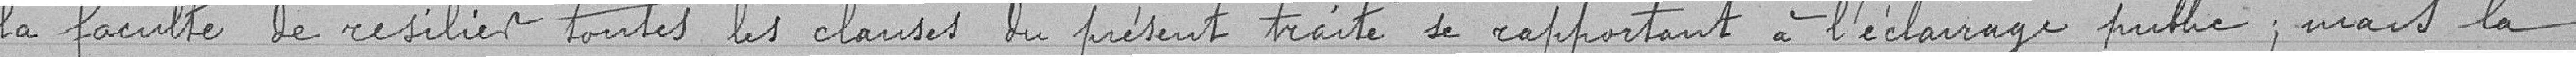
la faculté de résilier toutes les clauses du présent traité se rapportant à l'éclairage public, mais la